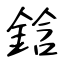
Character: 鋡